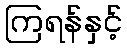
ကြရန်နှင့်